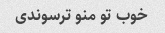
خوب تو منو ترسوندی